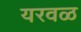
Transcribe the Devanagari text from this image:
यरवळ